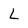
Character: L